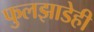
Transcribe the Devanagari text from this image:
फुलझाडेही